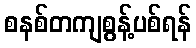
စနစ်တကျစွန့်ပစ်ရန်